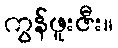
ကွန်ဖူးဇီး။